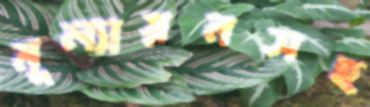
মূল্যায়নসহ